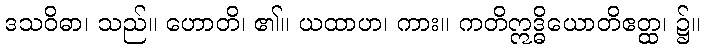
ဒသဝိဓာ၊ သည်။ ဟောတိ၊ ၏။ ယထာဟ၊ ကား။ ကတိဣဒ္ဓိယောတိဧတ္ထ၊ ၌။